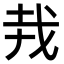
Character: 𢦛